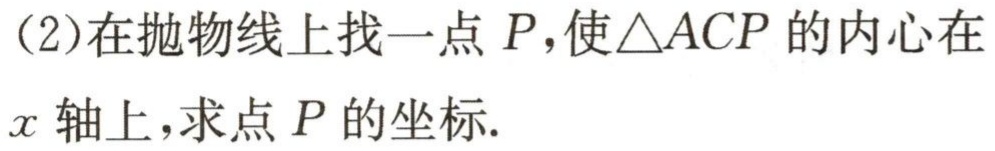
(2)在抛物线上找一点\(P\)，使\(\triangle ACP\)的内心在\(x\)轴上，求点\(P\)的坐标.